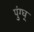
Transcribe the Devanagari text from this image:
पुंग्घ्